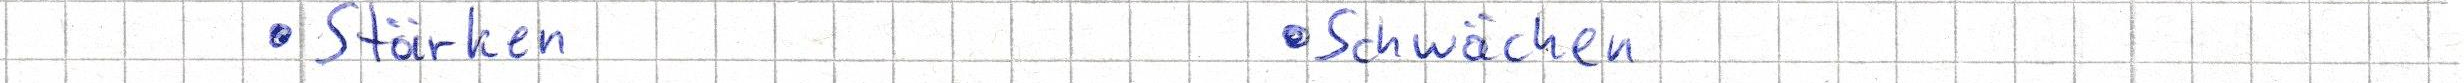
- Stärken     - Schwächen